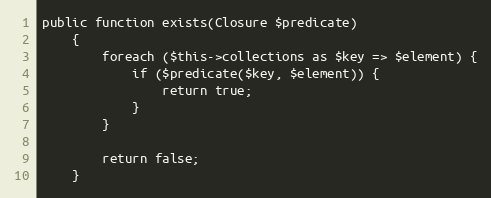
Language: PHP
public function exists(Closure $predicate)
    {
        foreach ($this->collections as $key => $element) {
            if ($predicate($key, $element)) {
                return true;
            }
        }

        return false;
    }